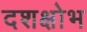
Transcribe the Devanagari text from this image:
दशक्षोभ